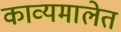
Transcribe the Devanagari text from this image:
काव्यमालेत